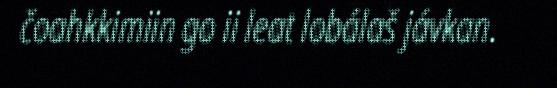
čoahkkimiin go ii leat lobálaš jávkan.